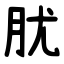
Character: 肬